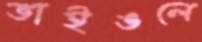
ভাইঙলে